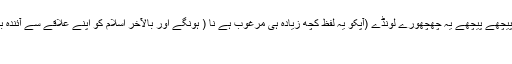
آگے آگے ان کا نام نہاد اسلام ہوگا اور پیچھے پیچھے یہ چھچھورے لونڈے (آپکو یہ لفظ کچھ زیادہ ہی مرغوب ہے نا ( ہونگے اور بالآخر اسلام کو اپنے علاقے سے آئندہ بارہ ربیع الاول تک کے چھوڑ آئیں گے
آپ کو تیمہ پر اعتراض ہے نا ؟